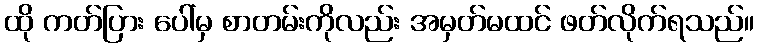
ထို ကတ်ပြား ပေါ်မှ စာတမ်းကိုလည်း အမှတ်မထင် ဖတ်လိုက်ရသည်။